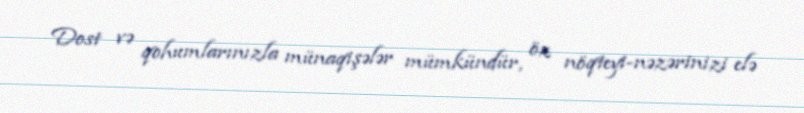
Dost və qohumlarınızla münaqişələr mümkündür, öz nöqteyi-nəzərinizi elə